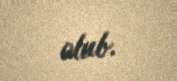
olub.